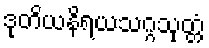
ဒုတိယနိရယသဂ္ဂသုတ္တံ